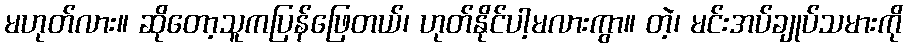
မဟုတ်လား။ ဆိုတော့သူကပြန်ဖြေတယ်၊ ဟုတ်နိုင်ပါ့မလားကွာ။ တဲ့၊ မင်းအပ်ချုပ်သမားကို